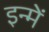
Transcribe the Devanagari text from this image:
इन्‍में